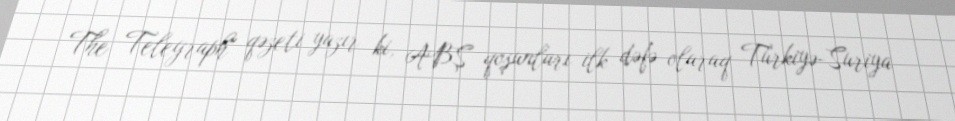
The Telegraph" qəzeti yazır ki, ABŞ qoşunları ilk dəfə olaraq Türkiyə-Suriya